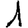
Digit: 1